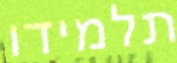
תלמידו